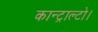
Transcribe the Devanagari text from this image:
कान्ट्राल्टो।